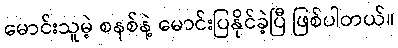
မောင်းသူမဲ့ စနစ်နဲ့ မောင်းပြနိုင်ခဲ့ပြီ ဖြစ်ပါတယ်။